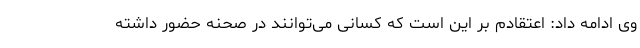
وی ادامه داد: اعتقادم بر این است که کسانی می‌توانند در صحنه حضور داشته